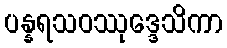
ပန္နရသဝဿုဒ္ဒေသိကာ